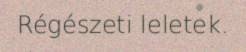
Régészeti leletek.